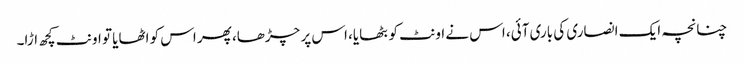
چنانچہ ایک انصاری کی باری آئی، اس نے اونٹ کو بٹھایا، اس پر چڑھا، پھر اس کو اٹھایا تو اونٹ کچھ اڑا۔